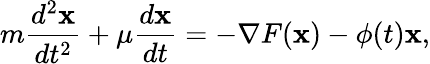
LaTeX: m\frac{d^{2}{\mathbf x}}{dt^{2}}+\mu\frac{d{\mathbf x}}{dt}=-\nabla F({\mathbf x})-\phi(t){\mathbf x},